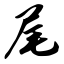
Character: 尾